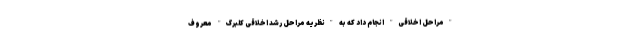
"مراحل اخلاقی" انجام داد که به "نظریه مراحل رشد اخلاقی کلبرگ" معروف